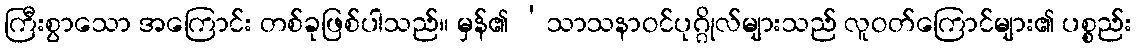
ကြီးစွာသော အကြောင်း တစ်ခုဖြစ်ပါသည်။ မှန်၏ ‘သာသနာဝင်ပုဂ္ဂိုလ်များသည် လူဝတ်ကြောင်များ၏ ပစ္စည်း